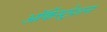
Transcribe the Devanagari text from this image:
ऑर्केस्ट्रेशन